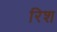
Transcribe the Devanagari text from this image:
रिश